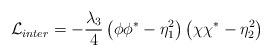
LaTeX: \begin{align*}{\cal L}_{inter}=-\frac{\lambda_3}{4}\left(\phi\phi^*-\eta^2_1\right)\left(\chi\chi^*-\eta^2_2\right)\end{align*}